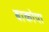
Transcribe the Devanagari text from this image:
बाकोपा